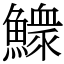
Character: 𩻴